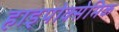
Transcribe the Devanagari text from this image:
हाइपोक्सेमिक